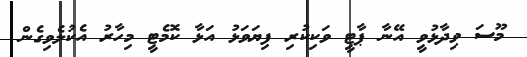
މޫސަ ވިދާޅުވީ އޭނާ ޕާޓީ ވަކިކުރި ފިޔަވަޅު އަޅާ ކޮމެޓީ މިހާރު އެކުލެވިގެން